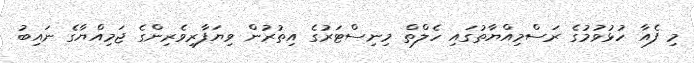
މި ފެއާ ހުޅުވުމުގެ ރަސްމިއްޔާތުގައި ހެލްތް މިނިސްޓަރުގެ އިތުރުން ވިޔަފާރިވެރިންގެ ޖަމިއްޔާގެ ނައިބު